Sanitation, dispensaries and jails vaccination Rajputana 1922-1927 - 1922-1927
Year: 1922
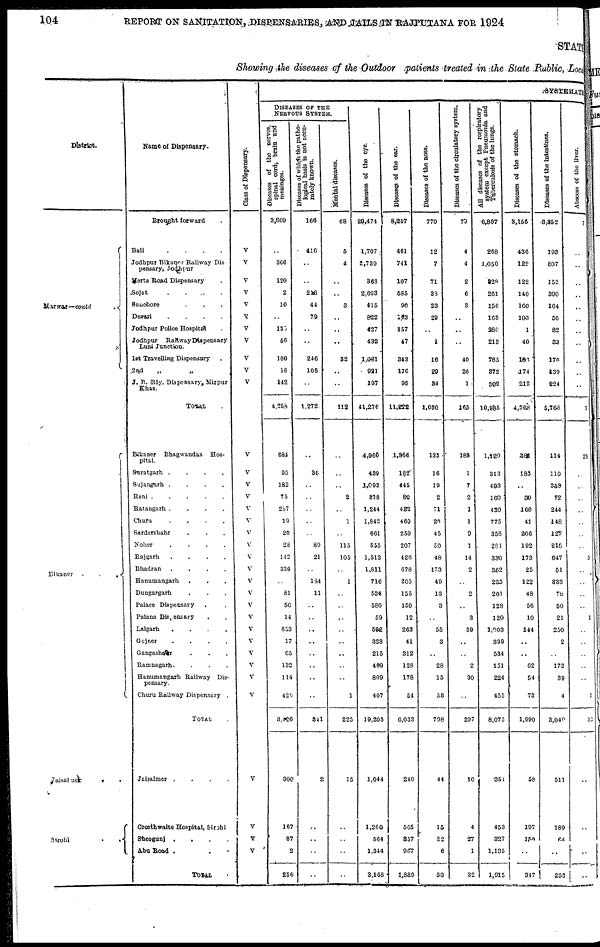
104
REPORT ON SANITATION, DISPENSARIES, AND JAILS IN RAJPUTANA FOR 1924
STAT
Showing the diseases of the Outdoor patients treated in the State Public, Local
District.
Marwar—contd
.
Bikaner
...
Jaisalmer
..
Sirohi
..
Name of Dispensary.
Brought forward .
Bali
.
.
.
.
Jodhpur Bikaner Railway Dis-
pensary Jodhpur
Merta Road Dispensary .
Sojat
. . . .
Sanchore ...
Desuri
.
.
.
.
Jodhpur Police Hospital .
Jodhpur
Railway Dispensary
Luni Junction.
1st Travelling Dispensary .
2nd „ „
J. B. Rly. Dispensary, Mirpur
Khas.
TOTAL .
Bikaner Bhagwandas
Hos-
pital.
Suratgarh .
.
.
.
Sujangarh .
.
.
.
Reni
Ratangarh .
.
.
.
Churu
.
.
.
.
Sardarshahr ....
Noher
.
.
.
.
Rajgarh
.
.
.
.
Bhadran
.
.
.
.
Hanumangarh ...
Dungargarh ...
Palace Dispensary ..
Palana Dispensary ..
Lalgarh
.
.
.
.
Gujner
.
.
.
.
Gangashahr ...
Ramnagarh....
Hanumangarh Railway Dis-
pensary.
Churu Railway Dispensary .
TOTAL .
Jaisalmer .
.
.
.
Crosthwaite Hospital, Sirohi
Sheogunj
.
.
.
.
Abu Road
...
TOTAL .
Class of Dispensary.
V
V
V
V
V
V
V
V
V
V
V
V
V
V
V
V
V
V
V
V
V
V
V
V
V
V
V
V
V
V
V
V
V
V
V
SYSTEMATI
DISEASES OF THE
NERVOUS SYSTEM.
Diseases of the nerves,
spinal cord, brain and
meninges.
3,309
..
366
120
2
10
..
135
56
100
18
142
4,258
684
95
182
75
287
19
20
28
142
336
..
81
56
14
653
17
65
132
114
426
3,426
300
167
87
2
256
Diseases of which the patho-
logical basis is not accu-
rately known.
166
416
..
..
216
44
79
..
..
246
105
..
1,272
..
36
..
..
..
..
..
89
21
..
184
11
..
..
..
..
..
..
..
..
341
2
..
..
..
..
Mental diseases.
68
5
4
..
..
3
..
..
..
32
..
..
112
..
..
..
2
..
1
..
115
105
..
1
..
..
..
..
..
..
..
..
1
225
15
..
..
..
..
Diseases of the eye.
29,474
1,707
2,739
363
2,693
415
822
427
432
1,081
921
197
41,276
4,960
439
1,093
378
1,244
1,842
661
555
1,513
1,811
716
534
580
59
592
328
215
469
809
407
19,205
1,044
1,260
564
1,344
3,168
Diseases of the ear.
8,257
461
741
107
585
90
163
157
47
343
176
95
11,222
1,366
182
445
80
432
460
259
207
426
678
205
155
150
12
263
41
312
128
178
54
6,033
240
565
357
967
1,889
Diseases of the nose.
770
12
7
71
38
23
29
..
1
16
29
34
1,030
135
16
19
2
71
20
45
50
48
173
49
13
3
..
55
3
..
28
15
53
798
44
15
32
6
53
Diseases of the circulatory system.
79
4
4
2
6
3
..
..
..
40
26
1
165
188
1
7
2
1
1
9
1
14
2
..
2
..
3
39
..
..
2
30
..
297
10
4
27
1
32
All diseases of the respiratory
system except Pneumonia and
Tuberculosis of the lungs.
6,807
268
1,050
328
261
156
163
380
213
785
372
302
10,985
1,120
313
493
160
430
775
358
281
330
362
235
201
128
120
1,003
399
534
151
224
455
8,075
351
453
327
1,135
1,915
Diseases of the stomach.
3,155
436
122
122
140
160
103
1
40
180
174
212
4,768
381
185
..
50
168
41
206
192
173
25
122
48
56
10
144
..
..
62
54
73
1,990
58
197
150
..
347
Diseases of the intestines.
3,352
193
807
153
390
164
55
82
33
176
139
224
5,768
114
110
359
72
244
148
127
218
647
51
333
78
50
21
250
2
..
173
39
4
3,040
511
189
64
..
253
Abscess of the liver.
7
..
..
..
..
..
..
..
..
..
..
..
7
28
..
..
..
..
..
..
..
3
..
..
..
..
1
..
..
..
..
..
1
33
..
..
..
..
..